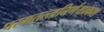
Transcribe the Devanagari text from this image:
परमतत्त्वनिर्णयप्रकाश